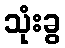
သုံးခွ